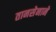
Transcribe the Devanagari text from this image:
तानसेनाने